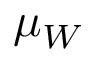
\mu _ { W }